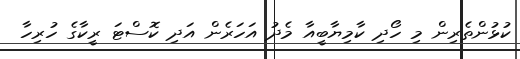
ކުޅުންތެރިން މި ހޯދި ކާމިޔާބީއާ މެދު އަހަރެން އަދި ކޮސްޓަ ރީކާގެ ހުރިހާ